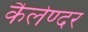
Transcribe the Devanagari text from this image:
कैलेण्दर